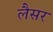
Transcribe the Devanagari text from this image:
लैसर